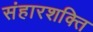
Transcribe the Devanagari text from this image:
संहारशक्ति